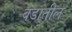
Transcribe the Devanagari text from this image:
बंडातील